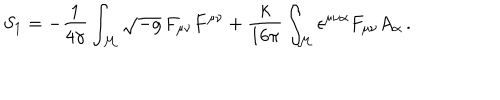
S _ { 1 } = - \frac { 1 } { 4 \gamma } \int _ { \cal M } \sqrt { - g } \, F _ { \mu \nu } F ^ { \mu \nu } + \frac { k } { 1 6 \pi } \int _ { \cal M } \epsilon ^ { \mu \nu \alpha } F _ { \mu \nu } A _ { \alpha } \, .